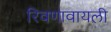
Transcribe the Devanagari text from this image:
रिवणावायली